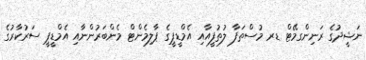
ނަޝީދުގެ ރަނިންގމޭޓް ޑރ މުސްތަފާ ލުތުފީއާއި އެމްޑީޕީގެ ޕާލިމެންޓް މެންބަރުންނާއި އެމްޑީޕީ ސަރުކާރުގެ